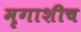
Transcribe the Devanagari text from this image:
मृगाशीच